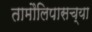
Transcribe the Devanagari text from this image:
तामौलिपासच्या